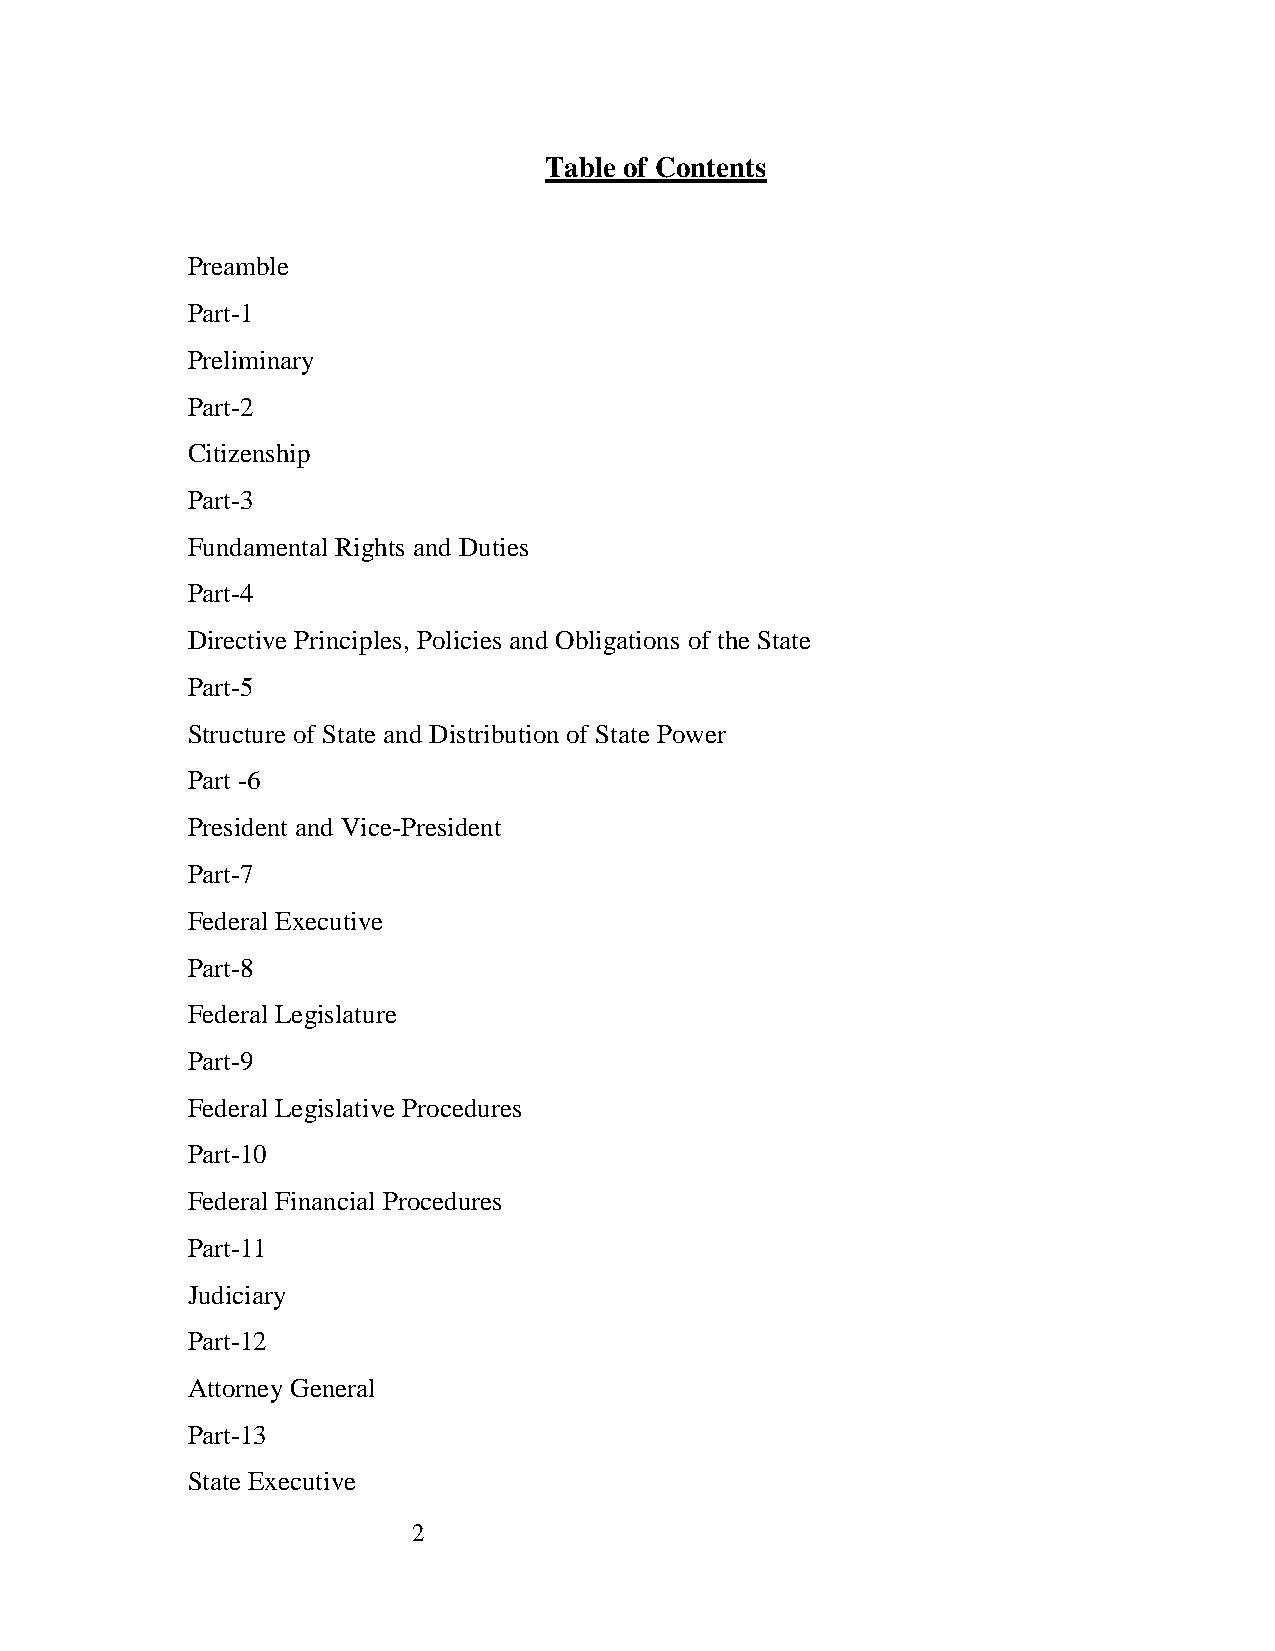
Table of Contents
 Preamble
 Part-1
 Preliminary
 Part-2
 Citizenship
 Part-3
 Fundamental Rights and Duties
 Part-4
 Directive Principles, Policies and Obligations of the State
 Part-5
 Structure of State and Distribution of State Power
 Part -6
 President and Vice-President
 Part-7
 Federal Executive
 Part-8
 Federal Legislature
 Part-9
 Federal Legislative Procedures
 Part-10
 Federal Financial Procedures
 Part-11
 Judiciary
 Part-12
 Attorney General
 Part-13
 State Executive
 2